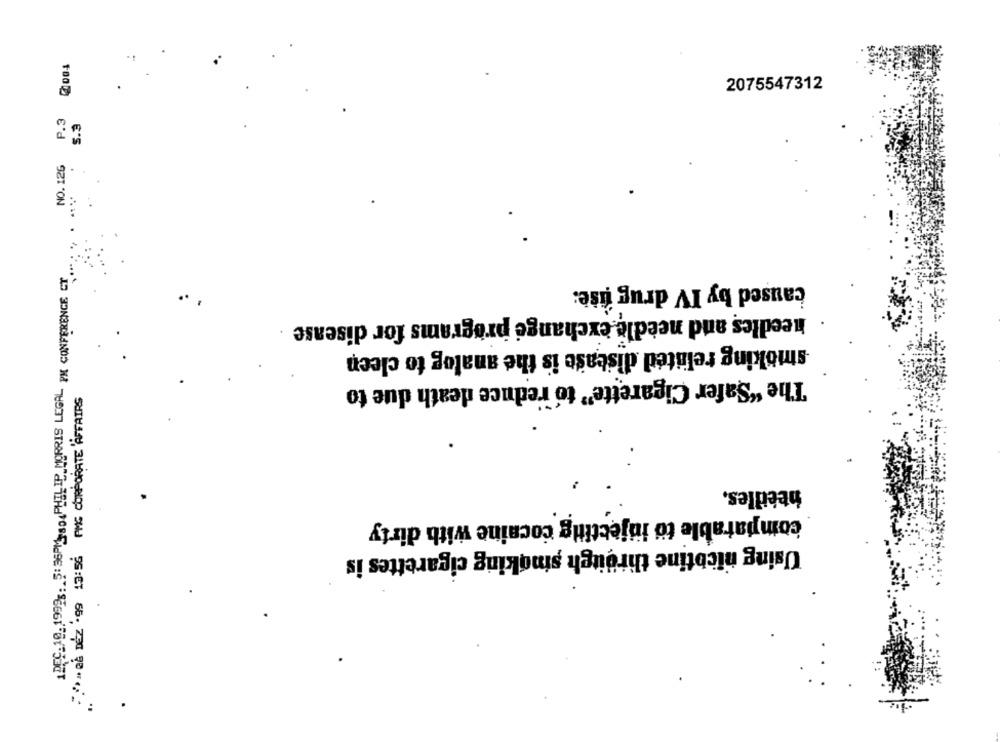
2075547312
P.3
NO. 126
1DEC.19.19993. 5:36PM-so,PHILIP MORRIS LEGAL PM CONFERENCE CT.
caused by IV drug fise:
..
needles and needle exchange programs for disease
smoking related disease is the analog to cleen
The "Safer Cigarette" to reduce death due to
"/>>a& DEZ .99 13:56 PMG CORPORATE AFFAIRS
beedles.
comparable to injecting cocaine with dirty
Using nicotine through smoking cigarettes is